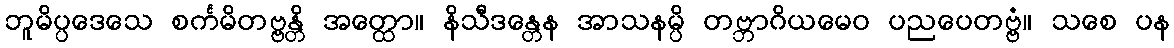
ဘူမိပ္ပဒေသေ စင်္ကမိတဗ္ဗန္တိ အတ္ထော။ နိသီဒန္တေန အာသနမ္ပိ တဗ္ဘာဂိယမေဝ ပညပေတဗ္ဗံ။ သစေ ပန